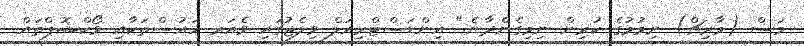
މަސް (މާރިޗް) ނިމުމުގެ ކުރިން ނިމިގެންދާނެ." އިންޑަސްޓްރިއަލް ވިލެޖުގައި ވެއަރ ހައުސްތަކާއި ވޯކްޝޮޕްތައް